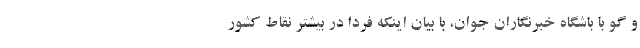
و گو با باشگاه خبرنگاران جوان، با بیان اینکه فردا در بیشتر نقاط کشور